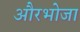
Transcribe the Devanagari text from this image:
औरभोजा